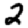
Digit: 2